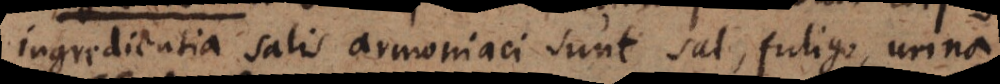
ingredientia salis armoniaci sunt sal, fuligo, urina